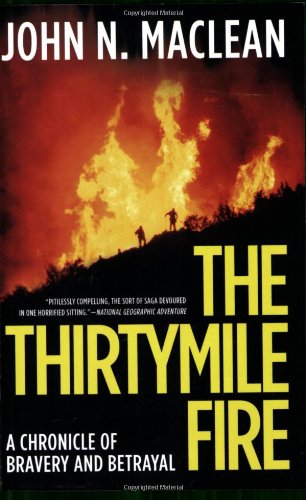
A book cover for The Thirtymile Fire: A Chronicle of Bravery and Betrayal; John N. Maclean; Science & Math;